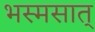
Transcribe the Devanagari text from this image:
भस्मसात्